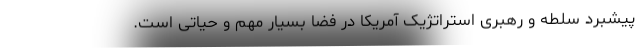
پیشبرد سلطه و رهبری استراتژیک آمریکا در فضا بسیار مهم و حیاتی است.